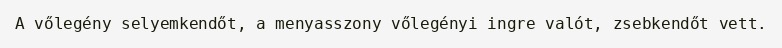
A vőlegény selyemkendőt, a menyasszony vőlegényi ingre valót, zsebkendőt vett.